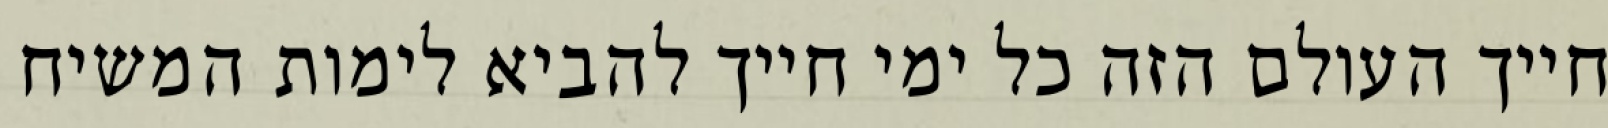
חייך העולם הזה כל ימי חייך להביא לימות המשיח